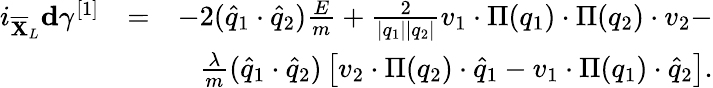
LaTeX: \begin{array}{rlr}{i_{\overline{{\mathbf{X}}}_{L}}\mathbf{d}\gamma^{[1]}}&{=}&{-2(\widehat{q}_{1}\cdot\widehat{q}_{2})\frac{E}{m}+\frac{2}{\vert q_{1}\vert\vert q_{2}\vert}v_{1}\cdot\Pi(q_{1})\cdot\Pi(q_{2})\cdot v_{2}-}\\ &{}&{\frac{\lambda}{m}(\widehat{q}_{1}\cdot\widehat{q}_{2})\left[v_{2}\cdot\Pi(q_{2})\cdot\widehat{q}_{1}-v_{1}\cdot\Pi(q_{1})\cdot\widehat{q}_{2}\right].}\end{array}